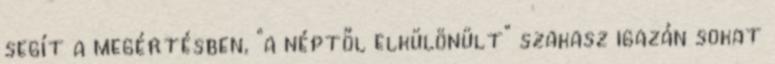
segít a megértésben, "a néptől elkülönült" szakasz igazán sokat